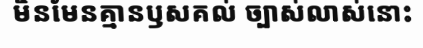
មិនមែនគ្មានឫសគល់ ច្បាស់លាស់នោះ